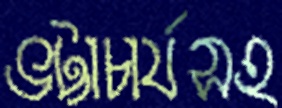
ভট্টাচার্যসহ